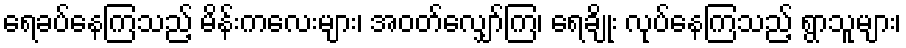
ရေခပ်နေကြသည့် မိန်းကလေးများ၊ အဝတ်လျှော်ကြ၊ ရေချိုး လုပ်နေကြသည့် ရွာသူများ၊